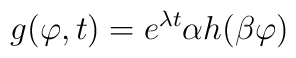
g(\varphi,t)=e^{\lambda t}\alpha h(\beta \varphi)